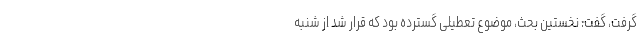
گرفت، گفت: نخستین بحث، موضوع تعطیلی گسترده بود که قرار شد از شنبه